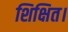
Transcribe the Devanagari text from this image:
शिक्षित।